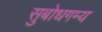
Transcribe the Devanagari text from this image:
सुबोधगम्य